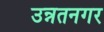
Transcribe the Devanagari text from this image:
उन्नतनगर